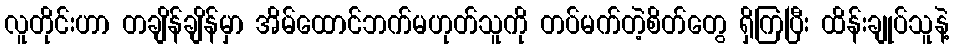
လူတိုင်းဟာ တချိန်ချိန်မှာ အိမ်ထောင်ဘက်မဟုတ်သူကို တပ်မက်တဲ့စိတ်တွေ ရှိကြပြီး ထိန်းချုပ်သူနဲ့